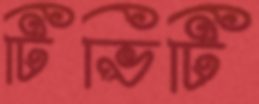
টিভিটি